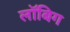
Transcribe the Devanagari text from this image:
लॉबिग